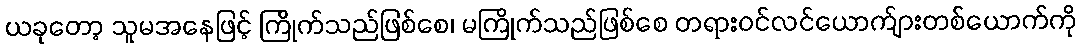
ယခုတော့ သူမအနေဖြင့် ကြိုက်သည်ဖြစ်စေ၊ မကြိုက်သည်ဖြစ်စေ တရားဝင်လင်ယောက်ျားတစ်ယောက်ကို